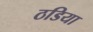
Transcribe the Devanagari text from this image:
ठडिया